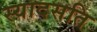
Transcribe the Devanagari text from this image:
स्यादसति